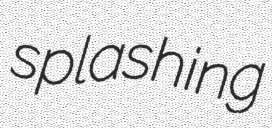
splashing